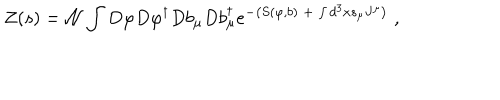
{ \cal Z } ( s ) = { \cal N } \int D \varphi D \varphi ^ { \dagger } D b _ { \mu } D b _ { \mu } ^ { \dagger } e ^ { - \left( S ( \varphi , b ) \; + \; \int d ^ { 3 } x s _ { \mu } J ^ { \mu } \right) \; } ,